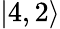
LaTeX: |4,2\rangle